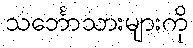
သင်္ဘောသားများကို